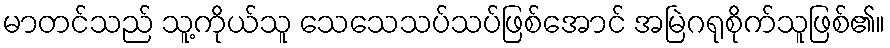
မာတင်သည် သူ့ကိုယ်သူ သေသေသပ်သပ်ဖြစ်အောင် အမြဲဂရုစိုက်သူဖြစ်၏။